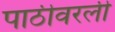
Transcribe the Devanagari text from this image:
पाठीवरली